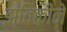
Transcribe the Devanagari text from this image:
झ्विकीने